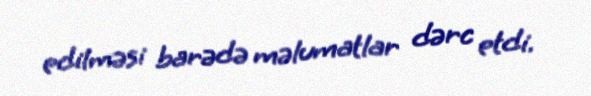
edilməsi barədə məlumatlar dərc etdi.